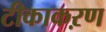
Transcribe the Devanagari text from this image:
टीकाकऱण